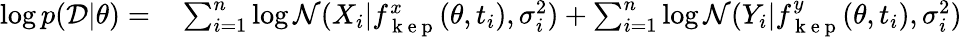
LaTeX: \begin{array}{rl}{\log p(\mathcal{D}|\theta)=}&{{}\sum_{i=1}^{n}\log\mathcal{N}(X_{i}|f_{\mathrm{~k~e~p~}}^{x}(\theta,t_{i}),\sigma_{i}^{2})+\sum_{i=1}^{n}\log\mathcal{N}(Y_{i}|f_{\mathrm{~k~e~p~}}^{y}(\theta,t_{i}),\sigma_{i}^{2})}\end{array}